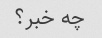
چه خبر؟